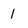
Character: 1